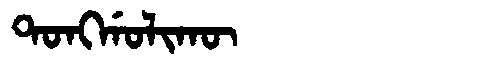
Manchu: ᡨᠣᠩᡤᠣᠯᡳᡴᡡ
Romanization: TONGGOLIKŪ